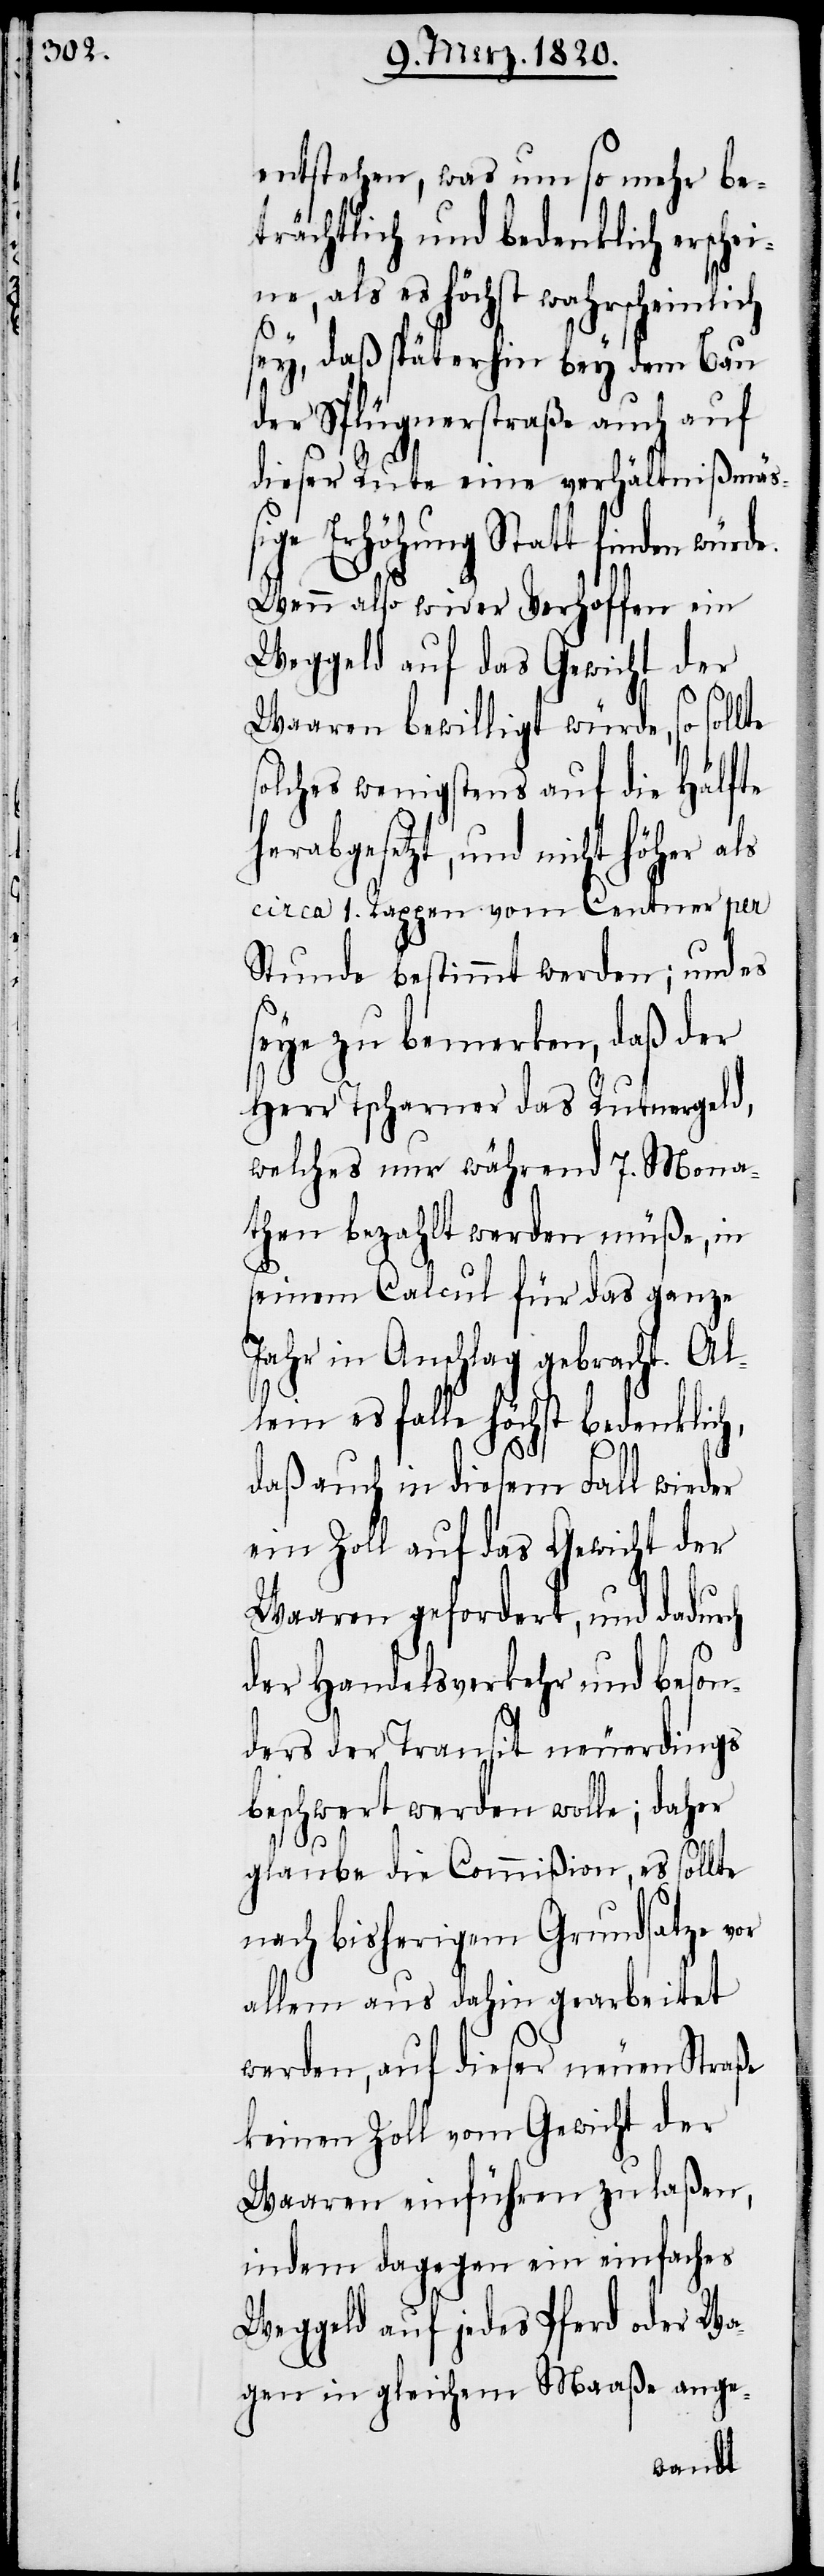
entstehen, was um so mehr be¬
trächtlich und bedenklich ersche¬
ine, als es höchst wahrscheinlich
sey, daß späterhin bey dem Bau
der Splügnerstraße auch auf
dieser Rute eine verhältnißmäß¬
ige Erhöhung Statt finden würde.
Wenn also wider Verhoffen ein
Weggeld auf das Gewicht der
Waaren bewilligt würde, so sollte
olches wenigstens auf die Hälfte
herabgesetzt, und nicht höher als
circa 1. Rappen vom Centner per
Stunde bestimmt werden; und es
seye zu bemerken, daß der
Herr Tscharner das Rutnergeld,
welches nur während 7. Mona¬
then bezahlt werden müße, in
seinem Calcul für das ganze
Jahr in Anschlag gebracht. Al¬
lein es falle höchst bedenklich,
daß auch in diesem Fall wieder
ein Zoll auf das Gewicht der
Waaren gefordert, und dadurch
der Handelsverkehr und beson¬
ders der Transit neuerdings
beschwert werden wolle; daher
s¬
glaube die Commißion, es sollte
nach bisherigem Grundsatze vor
allem aus dahin gearbeitet
werden, auf dieser neuen Straße
keinen Zoll vom Gewicht der
Waaren einführen zu laßen,
indem dagegen ein einfaches
Weggeld auf jedes Pferd oder Wa¬
gen in gleichem Maaße ange-